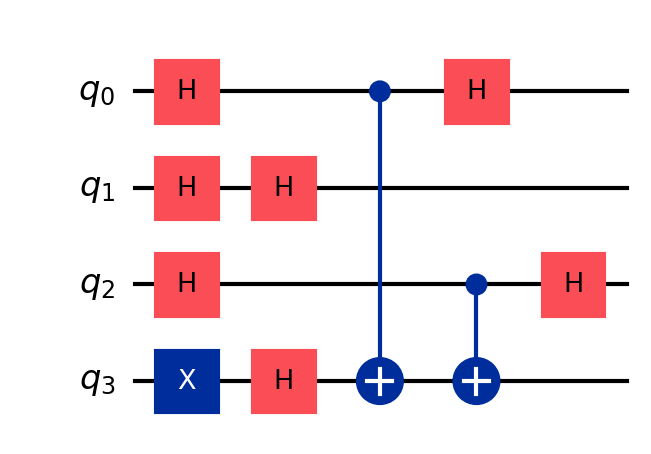
Description: Deutsch-Jozsa algorithm (3-bit)
描述: Deutsch-Jozsa算法（3比特）
Category: classical_algorithms (difficulty: advanced)
Qubits: 4, circuit depth: 5

Braket implementation:
from braket.circuits import Circuit
circuit = Circuit()
circuit.x(3).h(0).h(1).h(2).h(3)
circuit.cnot(0, 3).cnot(2, 3)
circuit.h(0).h(1).h(2)

Qiskit implementation:
from qiskit import QuantumCircuit
circuit = QuantumCircuit(4)
circuit.x(3).h(0).h(1).h(2).h(3)
circuit.cx(0, 3).cx(2, 3)
circuit.h(0).h(1).h(2)